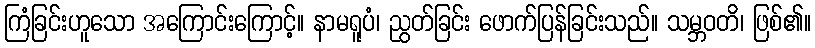
ကြံခြင်းဟူသော အကြောင်းကြောင့်။ နာမရူပံ၊ ညွတ်ခြင်း ဖောက်ပြန်ခြင်းသည်။ သမ္ဘဝတိ၊ ဖြစ်၏။